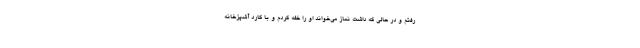
رفتم و در حالی که داشت نماز می‌خواند او را خفه کردم و با کارد آشپزخانه